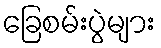
ခြေစမ်းပွဲများ